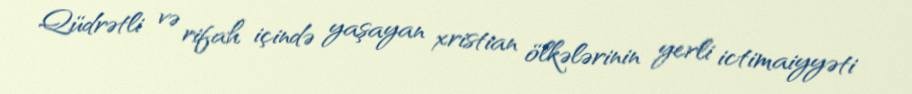
Qüdrətli və rifah içində yaşayan xristian ölkələrinin yerli ictimaiyyəti